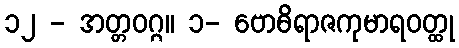
၁၂ - အတ္တဝဂ္ဂ။ ၁- ဗောဓိရာဇကုမာရဝတ္ထု